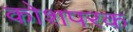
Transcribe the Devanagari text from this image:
कोशपरक